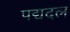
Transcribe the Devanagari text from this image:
पद्यदल